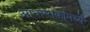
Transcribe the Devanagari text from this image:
आधारराकांमध्ये